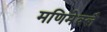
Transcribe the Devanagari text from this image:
मणिमेक्लै